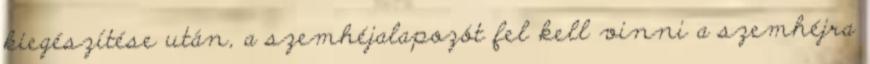
kiegészítése után, a szemhéjalapozót fel kell vinni a szemhéjra